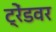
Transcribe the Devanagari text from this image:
ट्रेंडवर